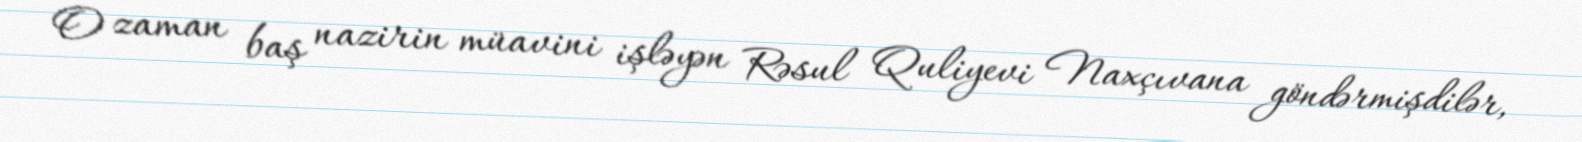
O zaman baş nazirin müavini işləyən Rəsul Quliyevi Naxçıvana göndərmişdilər,